Lunatic asylums Bombay report 1891-1903 - 1891-1903
Year: 1891
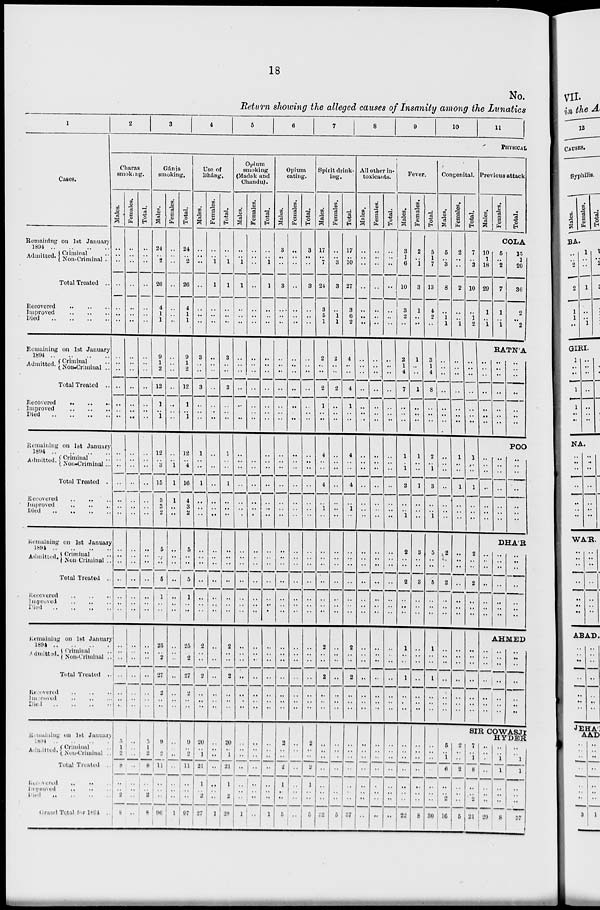
18
No.
Return showing the alleged causes of Insanity among the Lunatics
1
Cases.
Remaining on 1st January
1894 ..
..
..
..
Admitted. Criminal ..
Non-criminal ..
Total Treated ..
Recovered .. .. ..
Improved .. .. ..
Died .. .. .. ..
Remaining on 1st January
1894 .. .. .. ..
Admitted. Criminal ..
Non-criminal ..
Total Treated ..
Recovered .. .. ..
Improved .. .. ..
Died .. .. .. ..
Remaining on 1st January
1894
..
..
..
..
Admitted. Criminal ..
Non-Criminal ...
Total Treated ..
Recovered .. .. ..
Improved .. .. ..
Died .. .. .. ..
Remaining on 1st January
1894 .. .. .. ..
Admitted. Criminal ..
Non-Criminal ..
Total Treated ..
Recovered .. .. ..
Improved .. .. ..
Died .. .. .. ..
Remaining on 1st January
1894 .. .. .. ..
Admitted. Criminal ..
Non-Criminal ..
Total Treated ..
Recovered .. .. ..
Improved .. .. ..
Died .. .. .. ..
Remaining on 1st January
1894 .. .. .. ..
Admitted. Criminal ..
Non-Criminal ..
Total Treated ..
Recovered .. .. ..
Improved .. .. ..
Died .. .. .. ..
Grand Total for 1894 ..
2
3
4
5
6
7
8
9
10
11
PHYSICAL
Charas
smoking.
Males.
..
..
..
..
..
..
..
..
..
..
..
..
..
..
..
..
..
..
..
..
..
..
..
..
..
..
..
..
..
..
..
..
..
..
..
5
1
2
8
..
..
2
8
Females.
..
..
..
..
..
..
..
..
..
..
..
..
..
..
..
..
..
..
..
..
..
..
..
..
..
..
..
..
..
..
..
..
..
..
..
..
.. ..
..
..
..
..
..
Total.
..
..
..
..
..
..
..
..
..
..
..
..
..
..
..
..
..
..
..
..
..
..
..
..
..
..
..
..
..
..
..
..
..
..
..
5
1
2
8
..
..
2
8
Gánja
smoking.
Males.
24
..
2
26
4
1
1
9
1
2
12
1
..
1
12
..
3
15
3
3
2
5
..
..
5
1
..
..
25
..
2
27
..
..
..
9
..
2
11
..
..
..
96
Females.
..
..
..
..
..
..
..
..
..
..
..
..
..
..
..
..
1
1
1
..
..
..
..
..
..
..
..
..
..
..
..
..
..
..
..
..
..
..
..
..
..
..
1
Total.
24
..
2
26
4
1
1
9
1
2
12
1
..
1
12
..
4
16
4
3
2
5
..
..
5
1
..
..
25
..
2
27
..
..
..
9
..
2
11
..
..
..
97
Use of
Bháng.
Males.
..
..
..
..
..
..
..
3
..
..
3
..
..
..
1
..
..
1
..
..
..
..
..
..
..
..
..
..
2
..
..
2
..
..
..
20
..
1
21
1
..
2
27
Females.
..
..
1
1
..
..
..
..
..
..
..
..
..
..
..
..
..
..
..
..
..
..
..
..
..
..
..
..
..
..
..
..
..
..
..
..
..
..
..
..
..
..
1
Total.
..
..
1
1
..
..
..
3
..
..
3
..
..
..
1
..
..
1
..
..
..
..
..
..
..
..
..
..
2
..
..
2
..
..
..
20
..
1
21
1
..
2
28
Opium
smoking
(Madak and
Chandu).
Males.
..
..
1
1
..
..
..
..
..
..
..
..
..
..
..
..
..
..
..
..
..
..
..
..
..
..
..
..
..
..
..
..
..
..
..
..
..
..
..
..
..
..
1
Females.
..
..
..
..
..
..
..
..
..
..
..
..
..
..
..
..
..
..
..
..
..
..
..
..
..
..
..
..
..
..
..
..
..
..
..
..
..
..
..
..
..
..
..
Total.
..
..
1
1
..
..
..
..
..
..
..
..
..
..
..
..
..
..
..
..
..
..
..
..
..
..
..
..
..
..
..
..
..
..
..
..
..
..
..
..
..
..
1
Opium
eating.
Males.
3
..
..
3
..
..
..
..
..
..
..
..
..
..
..
..
..
..
..
..
..
..
..
..
..
..
..
..
..
..
..
..
..
..
..
2
..
..
2
1
..
..
5
Females.
..
..
..
..
..
..
..
..
..
..
..
..
..
..
..
..
..
..
..
..
..
..
..
..
..
..
..
..
..
..
..
..
..
..
..
..
..
..
..
..
..
..
..
Total.
3
..
..
3
..
..
..
..
..
..
..
..
..
..
..
..
..
..
..
..
..
..
..
..
..
..
..
..
..
..
..
..
..
..
..
2
..
..
2
1
..
..
5
Spirit drink-
ing.
Males.
17
..
7
24
3
5
1
2
..
..
2
1
..
..
4
..
..
4
..
1
..
..
..
..
..
..
..
..
2
..
..
2
..
..
..
..
..
..
..
..
..
..
32
Females.
..
..
3
3
..
1
1
2
..
..
2
..
..
..
..
..
..
..
..
..
..
..
..
..
..
..
..
..
..
..
..
..
..
..
..
..
..
..
..
..
..
..
5
Total.
17
..
10
27
3
6
2
4
..
..
4
1
..
..
4
..
..
4
..
1
..
..
..
..
..
..
..
..
2
..
..
2
..
..
..
..
..
..
..
..
..
..
37
All other in-
toxicants.
Males.
..
..
..
..
..
..
..
..
..
..
..
..
..
..
..
..
..
..
..
..
..
..
..
..
..
..
..
..
..
..
..
..
..
..
..
..
..
..
..
..
..
..
..
Females.
..
..
..
..
..
..
..
..
..
..
..
..
..
..
..
..
..
..
..
..
..
..
..
..
..
..
..
..
..
..
..
..
..
..
..
..
..
..
..
..
..
..
..
Total.
..
..
..
..
..
..
..
..
..
..
..
..
..
..
..
..
..
..
..
..
..
..
..
..
..
..
..
..
..
..
..
..
..
..
..
..
..
..
..
..
..
..
..
Fever.
Males.
3
1
6
10
3
2
..
2
1
4
7
..
..
..
1
..
1
2
..
..
1
2
..
..
2
..
..
..
1
..
..
1
..
..
..
..
..
..
..
..
..
..
22
Females.
2
..
1
3
1
..
..
1
..
..
1
..
..
..
1
..
..
1
..
..
..
3
..
..
3
..
..
..
..
..
..
..
..
..
..
..
..
..
..
..
..
..
8
Total.
5
1
7
13
4
2
..
3
1
4
8
..
..
..
2
..
1
3
..
..
1
5
..
..
5
..
..
..
1
..
..
1
..
..
..
..
..
..
..
..
..
..
30
Congenital.
Males.
5
..
3
8
..
1
1
..
..
..
..
..
..
..
..
..
..
..
..
..
..
2
..
..
2
..
..
..
..
..
..
..
..
..
..
Females.
2
..
..
2
..
..
1
..
..
..
..
..
..
..
1
..
..
1
..
..
..
..
..
..
..
..
..
..
..
..
..
..
..
..
..
Total.
7
..
3
10
..
1
2
..
..
..
..
..
..
..
1
..
..
1
..
..
..
2
..
..
2
..
..
..
..
..
..
..
..
..
..
Previous attack
Males.
Females.
Total.
COLA
10
1
18
29
1
..
1
5
..
2
7
1
..
1
15
1
20
36
2
..
2
RATN'A
..
..
..
..
..
..
..
..
..
..
..
..
..
..
..
..
..
..
..
..
..
POO
..
..
..
..
..
..
..
..
..
..
..
..
..
..
..
..
..
..
..
..
..
DHA'R
..
..
..
..
..
..
..
..
..
..
..
..
..
..
..
..
..
..
..
..
..
AHMED
..
..
..
..
..
..
..
..
..
..
..
..
..
..
..
..
..
..
..
..
..
SIR COWASJI
HYDER
5
..
1
6
..
..
2
16
2
..
..
2
..
..
..
5
7
..
1
8
..
..
2
21
..
..
..
..
..
..
..
29
..
..
1
1
..
..
..
8
..
..
1
1
..
..
..
37